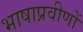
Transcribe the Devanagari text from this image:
भाषाप्रवीणों